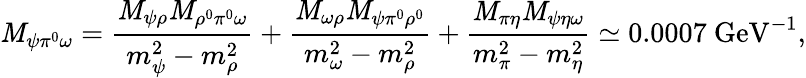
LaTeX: \mathit{M}_{\psi\pi^{0}\omega}=\frac{{\mathit{M}_{\psi\rho}\mathit{M}_{\rho^{0}\pi^{0}\omega}}}{{m_{\psi}^{2}-m_{\rho}^{2}}}+\frac{{\mathit{M}_{\omega\rho}\mathit{M}_{\psi\pi^{0}\rho^{0}}}}{{m_{\omega}^{2}-m_{\rho}^{2}}}+\frac{{\mathit{M}_{\pi\eta}\mathit{M}_{\psi\eta\omega}}}{{m_{\pi}^{2}-m_{\eta}^{2}}}\simeq0.0007\mathrm{{~GeV}}^{-1},